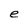
Character: e